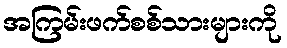
အကြမ်းဖက်စစ်သားများကို